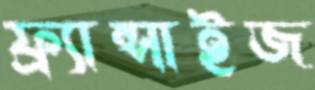
ফ্র্যান্সাইজ